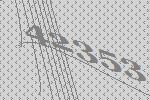
42353